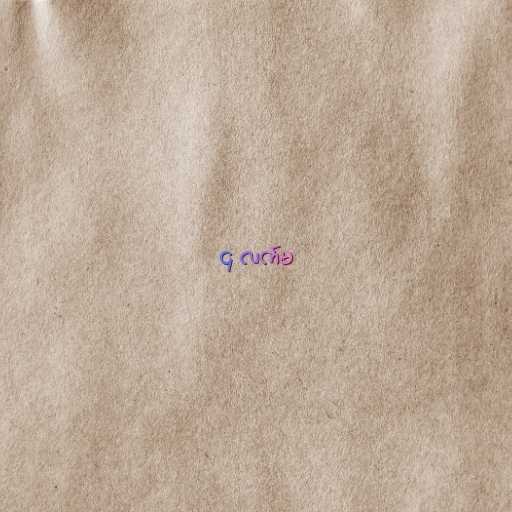
၄ လက်မ